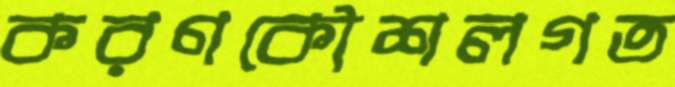
করণকৌশলগত